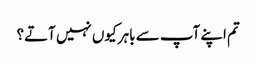
تم اپنے آپ سے باہر کیوں نہیں آتے؟